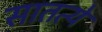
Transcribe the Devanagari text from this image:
सातत्ये